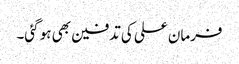
فرمان علی کی تدفین بھی ہو گئی۔